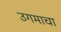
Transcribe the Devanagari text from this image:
उगमाचा